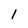
Character: l